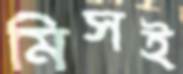
মিসই